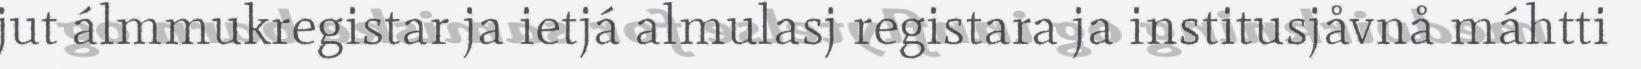
jut álmmukregistar ja ietjá almulasj registara ja institusjåvnå máhtti